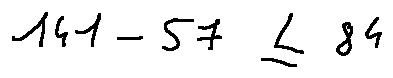
1 4 1 - 5 7 \leq 8 4